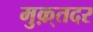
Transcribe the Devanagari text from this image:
मुक़्तदर